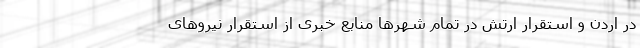
در اردن و استقرار ارتش در تمام شهرها منابع خبری از استقرار نیروهای